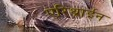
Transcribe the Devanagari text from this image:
एरिथ्राईन